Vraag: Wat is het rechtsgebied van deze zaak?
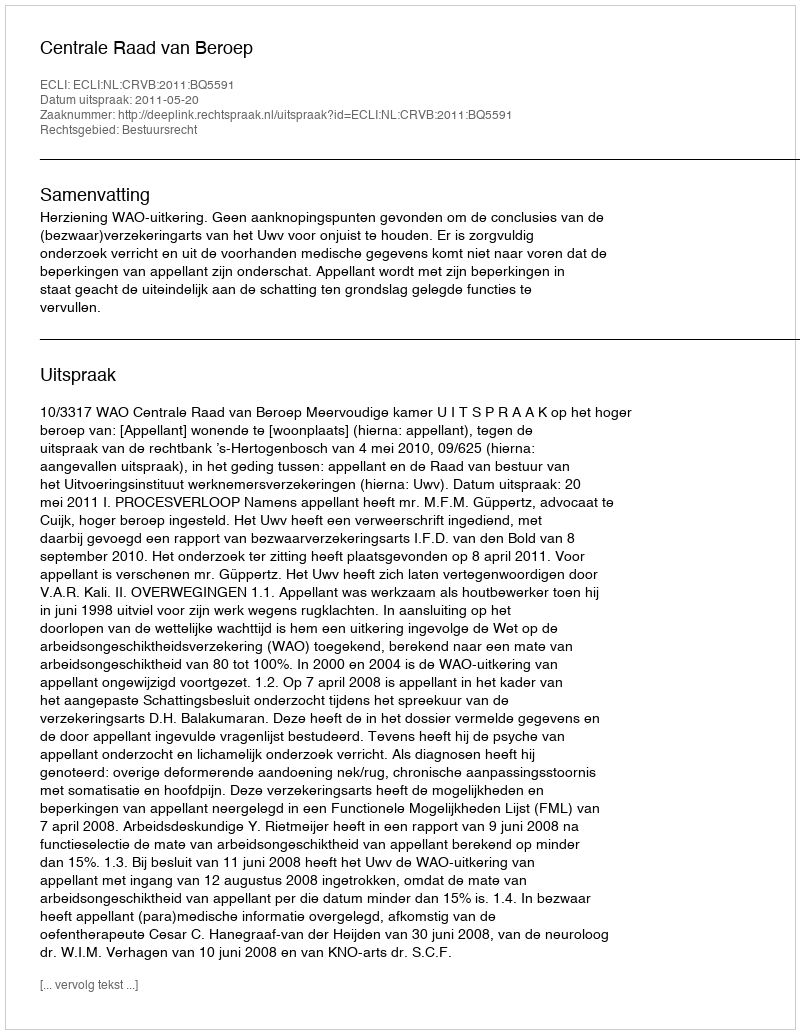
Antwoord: Bestuursrecht